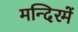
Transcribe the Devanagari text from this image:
मन्दिरमें